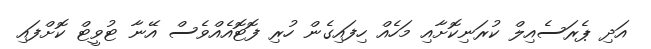
އަދި ޕެރަސެއިލް ކުރަނިކޮށާއި މަހެއް ހިފައިގެން ހުރި ފޮޓޮއެއްވެސް އޭނާ ޓުވީޓް ކޮށްފައި